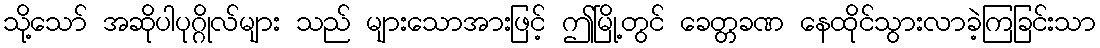
သို့သော် အဆိုပါပုဂ္ဂိုလ်များ သည် များသောအားဖြင့် ဤမြို့တွင် ခေတ္တခဏ နေထိုင်သွားလာခဲ့ကြခြင်းသာ